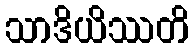
သာဒိယိဿတိ